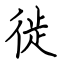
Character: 徙